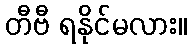
တီဗီ ရနိုင်မလား။